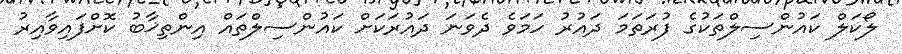
ލޯކަލް ކައުންސިލްތަކުގެ ފުރަތަމަ ދައުރު ހަމަވެ ދެވަނަ ދައުރަކަށް ކައުންސިލްތައް އިންތިޚާބު ކޮށްފައިވާއިރު